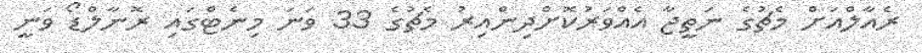
ރެއާލްއަށް މެޗުގެ ނަތީޖާ އެއްވަރުކޮށްދިންއިރު މެޗުގެ 33 ވަނަ މިނެޓްގައި ރޮނާލްޑޯ ވަނީ